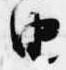
由